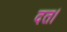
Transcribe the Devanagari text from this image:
दत।